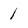
Character: 1